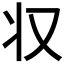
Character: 𠬧